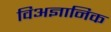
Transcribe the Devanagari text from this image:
विअज्ञानिक